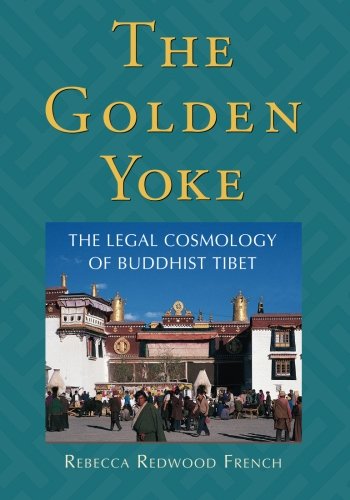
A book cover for The Golden Yoke: The Legal Cosmology Of Buddhist Tibet; Rebecca Redwood French; Religion & Spirituality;